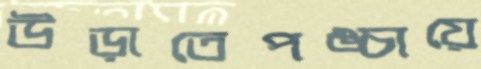
উড়াতেপঙ্চায়ে